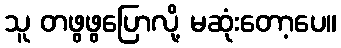
သူ တဖွဖွပြောလို့ မဆုံးတော့ပေ။